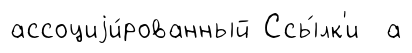
ассоциjи́рованный Ссы́лк'и а